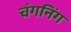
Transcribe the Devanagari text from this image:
चंगनिंग